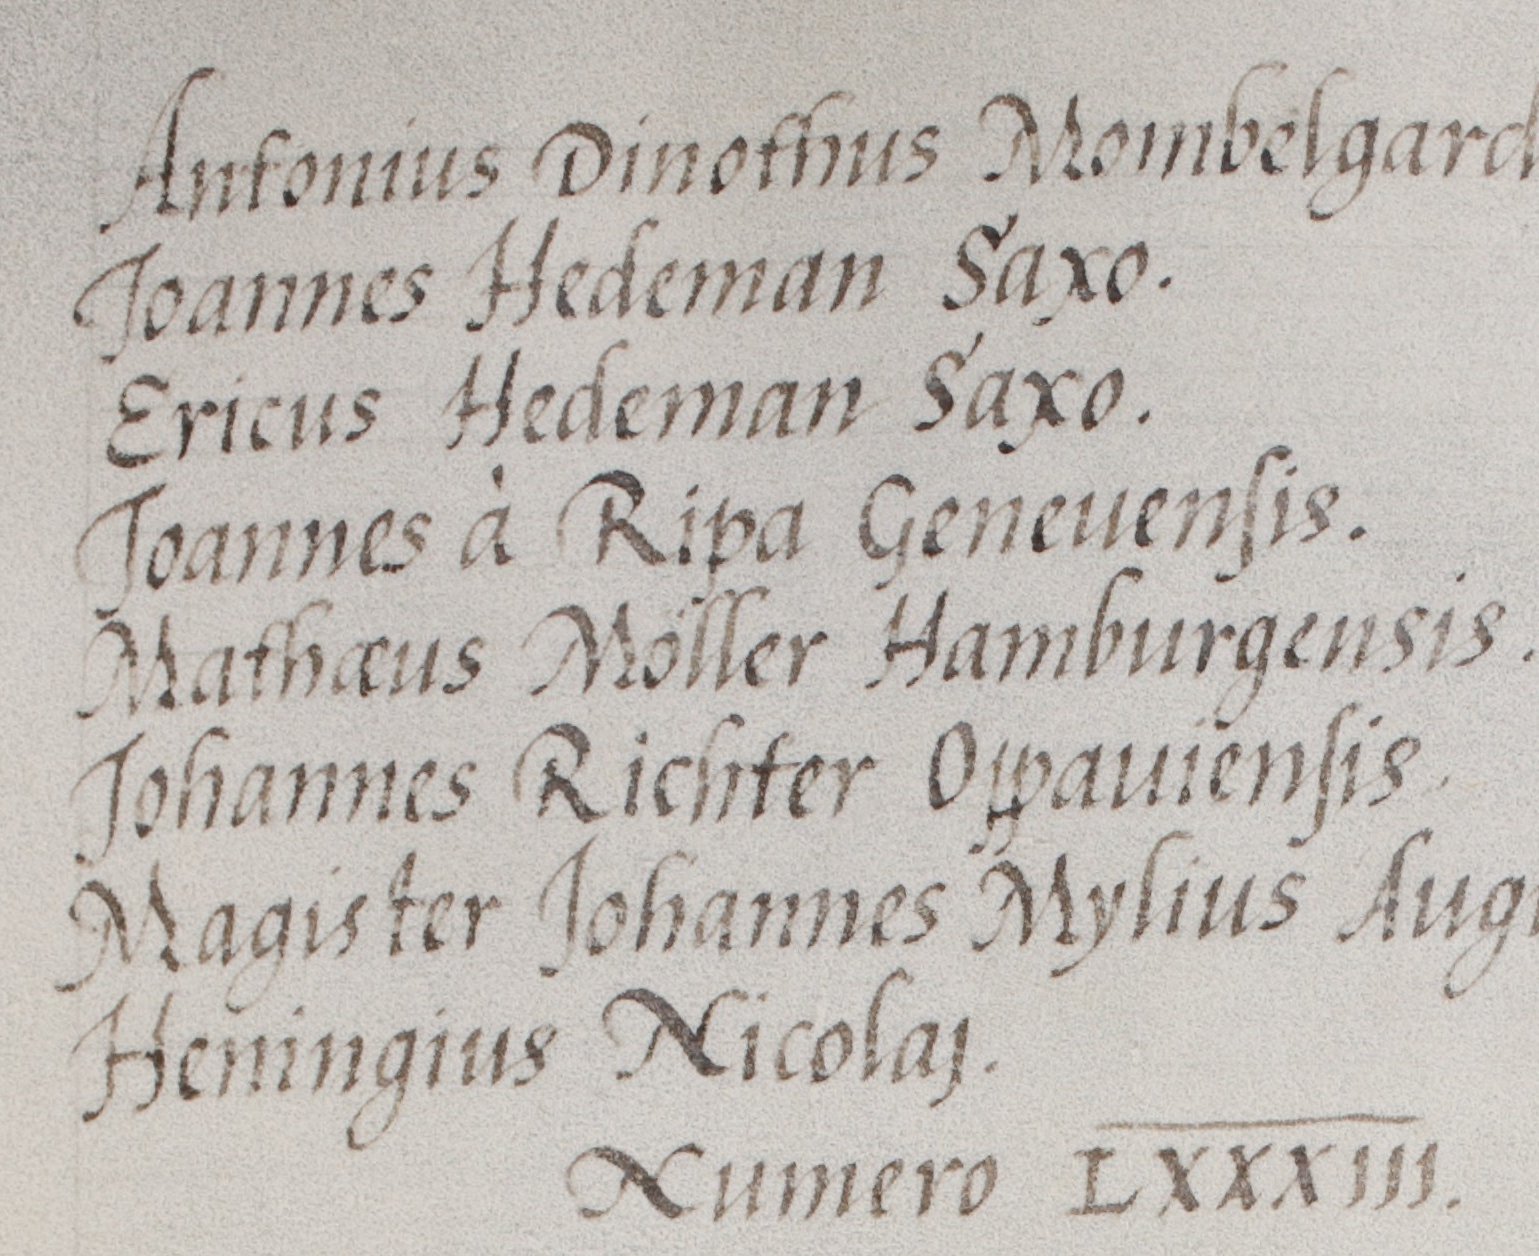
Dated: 1568–1653